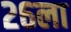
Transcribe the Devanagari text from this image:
२६ला